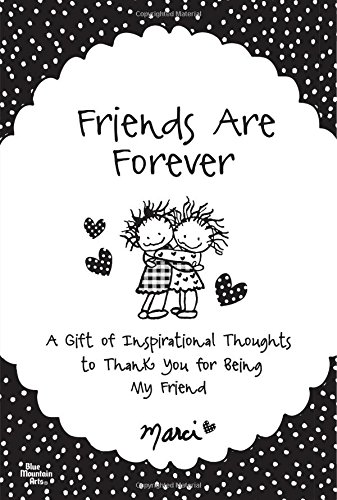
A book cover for Friends Are Forever; Marci; Self-Help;